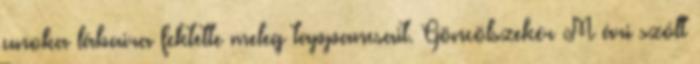
unoka lábaira fektette meleg tappancsait. Göncölszekér M ári szólt